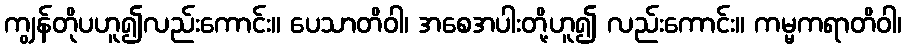
ကျွန်တိုပဟူ၍လည်းကောင်း။ ပေသာတိဝါ၊ အစေအပါးတို့ဟူ၍ လည်းကောင်း။ ကမ္မကရာတိဝါ၊